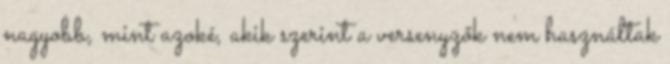
nagyobb, mint azoké, akik szerint a versenyzők nem használtak